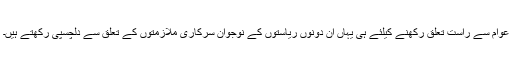
عوام سے راست تعلق رکھنے کیلئے ہی یہاں ان دونوں ریاستوں کے نوجوان سرکاری ملازمتوں کے تعلق سے دلچسپی رکھتے ہیں۔